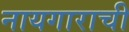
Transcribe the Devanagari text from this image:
नायगाराची